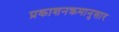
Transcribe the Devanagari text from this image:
प्रकाशनक्रमानुसार